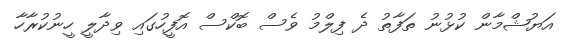
އަޔުޝްމާން ކުޅުނު ތަފާތު ދެ ފިލްމު ވެސް ބޮކްސް އޮފީހުގައި ވިދާލީ ހީނުކުރާހާ